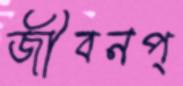
জীবনপ্